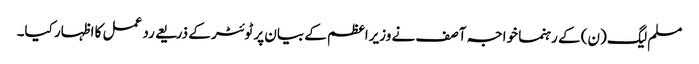
مسلم لیگ (ن) کے رہنما خواجہ آصف نے وزیراعظم کے بیان پر ٹوئٹر کے ذریعے رد عمل کا اظہار کیا۔